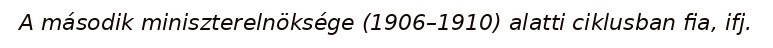
A második miniszterelnöksége (1906–1910) alatti ciklusban fia, ifj.